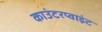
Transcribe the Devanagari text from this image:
काउंटरप्वाइंट